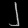
Digit: ၂